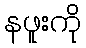
နဖူးကို